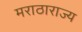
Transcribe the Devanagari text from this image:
मराठाराज्य